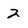
Character: 2